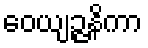
ဝေယျဉ္ဇနိကာ